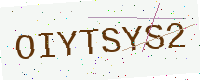
Text: OIYTSYS2